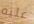
عليه